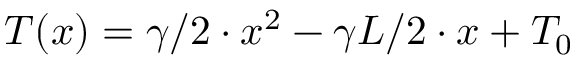
T ( x ) = \gamma / 2 \cdot x ^ { 2 } - \gamma L / 2 \cdot x + T _ { 0 }